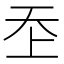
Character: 𡗶